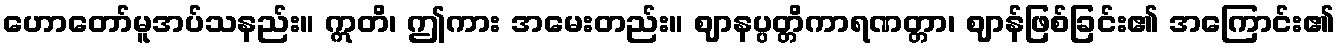
ဟောတော်မူအပ်သနည်း။ ဣတိ၊ ဤကား အမေးတည်း။ ဈာနပ္ပတ္တိကာရဏတ္တာ၊ ဈာန်ဖြစ်ခြင်း၏ အကြောင်း၏